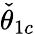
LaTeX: \check{\theta}_{1c}